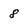
Character: 8